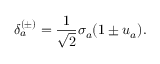
\delta _ { a } ^ { ( \pm ) } = \frac { 1 } { \sqrt { 2 } } \sigma _ { a } ( 1 \pm u _ { a } ) .